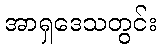
အာရှဒေသတွင်း